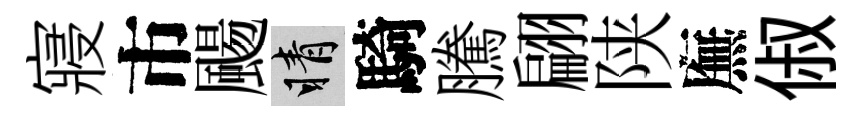
寢市颺睛騎騰翩陕廡俶